Notes on vaccination in the North-West Frontier Province 1923-1928 - 1923-1928
Year: 1923
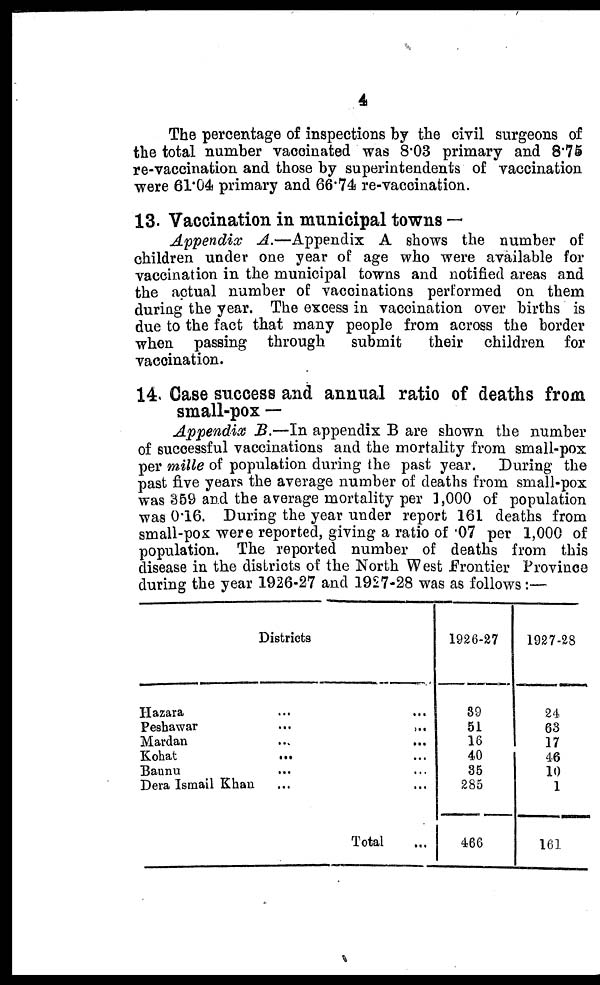
4
The percentage of inspections by the civil surgeons of
the total number vaccinated was 8.03 primary and 8.75
re-vaccination and those by superintendents of vaccination
were 61.04 primary and 66.74 re-vaccination.
13. Vaccination in municipal towns —
Appendix A.—Appendix
A shows the number of
children under one year of age who were available for
vaccination in the municipal towns and notified areas and
the actual number of vaccinations performed on them
during the year. The excess in vaccination over births is
due to the fact that many people from across the border
when passing through
submit
their children for
vaccination.
14. Case success and annual ratio of deaths from
small-pox —
Appendix B.—In appendix B are shown the number
of successful vaccinations and the mortality from small-pox
per mille of population during the past year. During the
past five years the average number of deaths from small-pox
was 359 and the average mortality per 1,000 of population
was 0.16. During the year under report 161 deaths from
small-pox were reported, giving a ratio of 07 per 1,000 of
population. The reported number of deaths from this
disease in the districts of the North West Frontier Province
during the year 1926-27 and 1927-28 was as follows:—
Districts
Hazara ... ...
Peshawar
...
...
Mardan ... ...
Kohat
...
...
Bannu
Dera Ismail Khan ...
Total ...
1926-27
39
51
16
40
35
285
466
1927-28
24
63
17
46
10
1
161